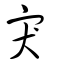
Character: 宊